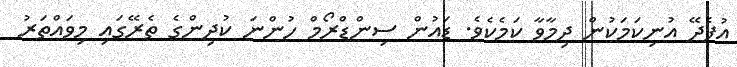
އުފެދޭ އުނިކަމަކުން ދިމާވާ ކަމެކެވެ. ޑައުން ސިންޑްރޯމް ހުންނަ ކުދިންގެ ތެރޭގައި މިވައްތަރު